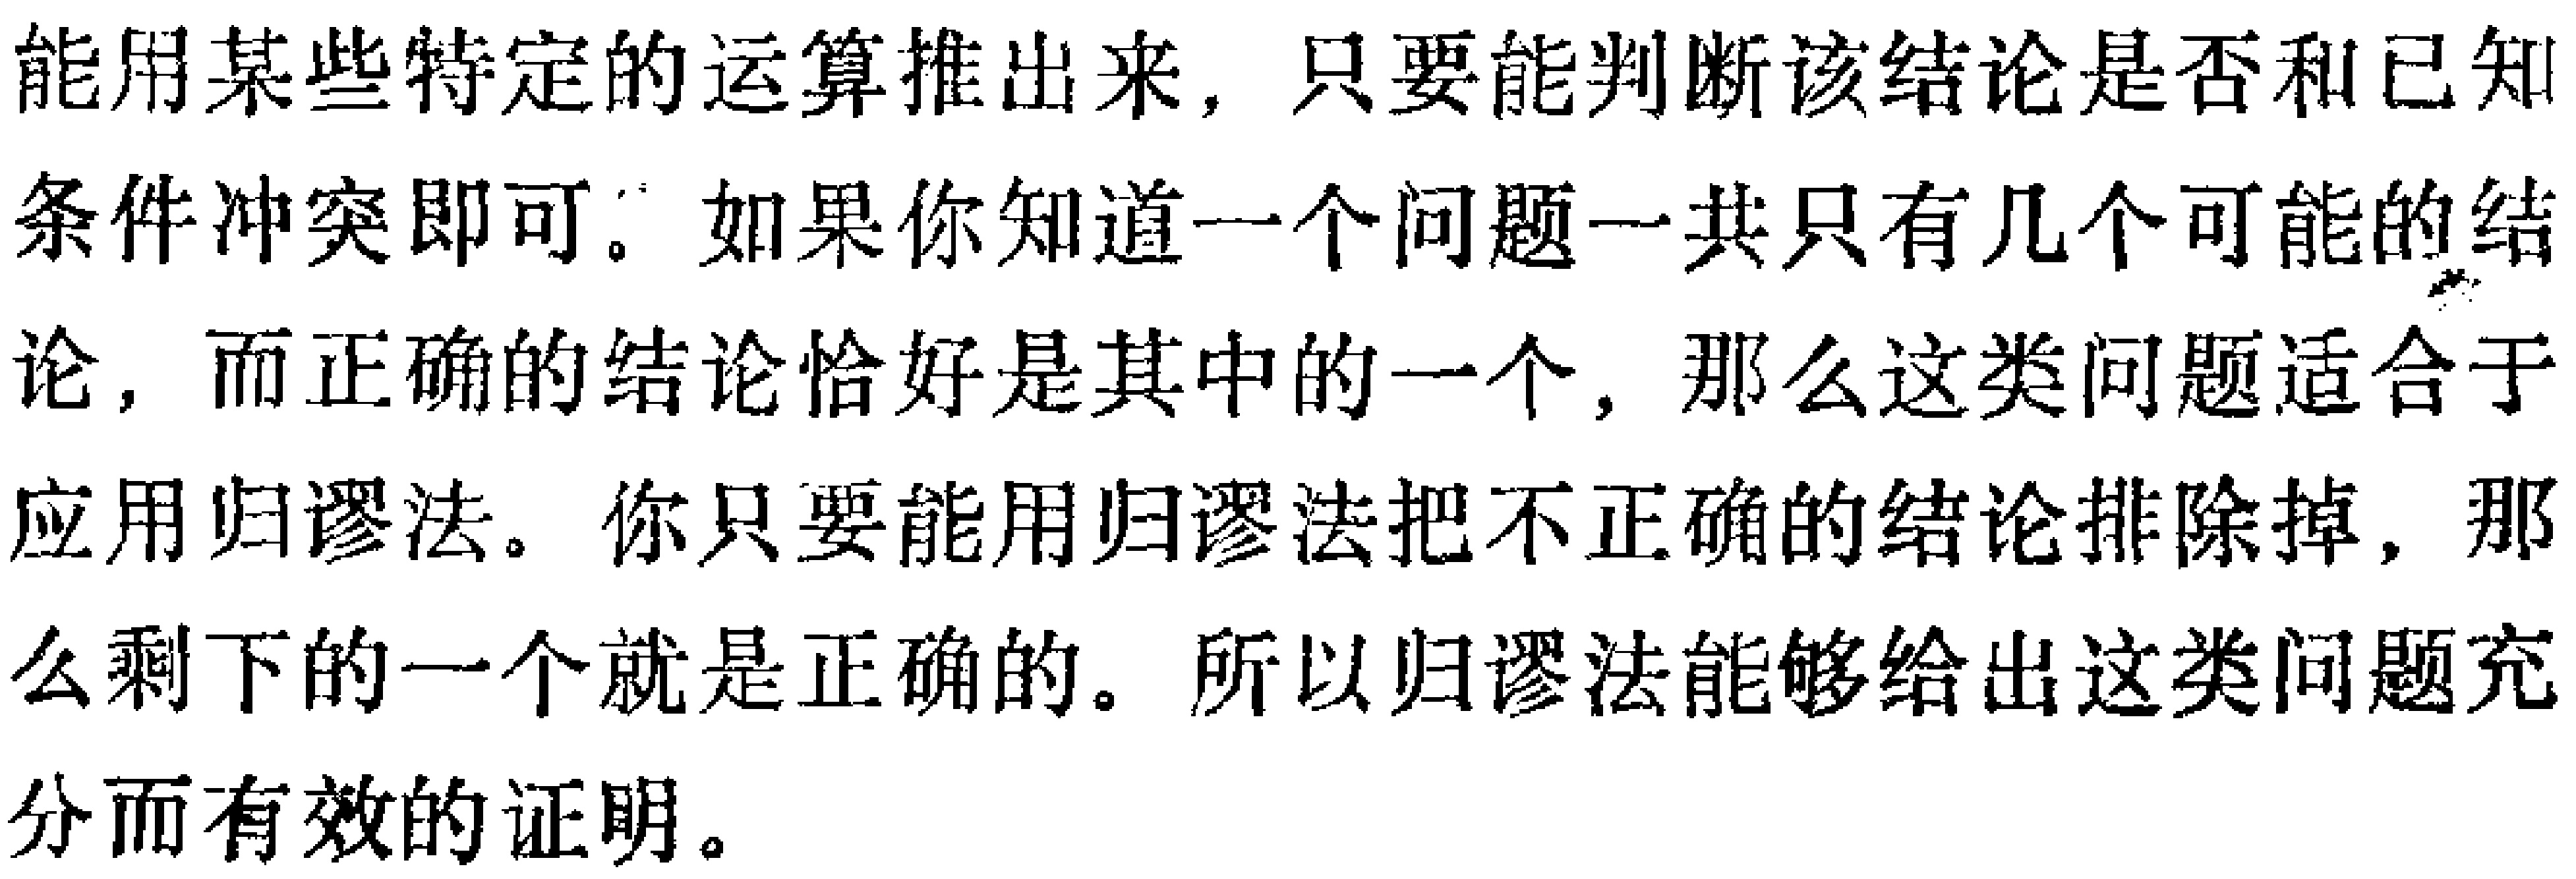
能用某些特定的运算推出来，只要能判断该结论是否和已知条件冲突即可。如果你知道一个问题一共只有几个可能的结论，而正确的结论恰好是其中的一个，那么这类问题适合于应用归谬法。你只要能用归谬法把不正确的结论排除掉，那么剩下的一个就是正确的。所以归谬法能够给出这类问题充分而有效的证明。